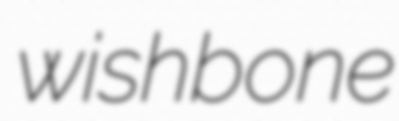
wishbone